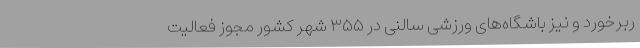
ربرخورد و نیز باشگاه‌های ورزشی سالنی در ۳۵۵ شهر کشور مجوز فعالیت